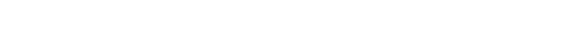
မုဒိတာသဟဂတေန၊ မုဒိတာနှင့်တကွဖြစ်သော။ လ။ ဥပေက္ခာသဟဂတေန၊